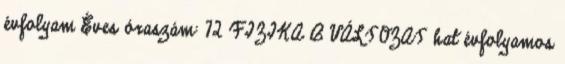
évfolyam Éves óraszám: 72 FIZIKA B VÁLTOZAT hat évfolyamos